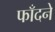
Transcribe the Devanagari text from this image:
फाँदने